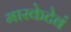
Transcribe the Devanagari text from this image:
मारकेटेवं